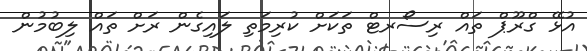
އުޅޭ ގްރޫޕް ތައް ރިސޯރޓް ތަކަށް ކުރިމަތި ލައިގެން ރަށް ތައް ލިބުމުން